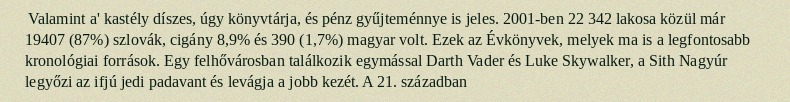
Valamint a' kastély díszes, úgy könyvtárja, és pénz gyűjteménnye is jeles. 2001-ben 22 342 lakosa közül már 19407 (87%) szlovák, cigány 8,9% és 390 (1,7%) magyar volt. Ezek az Évkönyvek, melyek ma is a legfontosabb kronológiai források. Egy felhővárosban találkozik egymással Darth Vader és Luke Skywalker, a Sith Nagyúr legyőzi az ifjú jedi padavant és levágja a jobb kezét. A 21. században